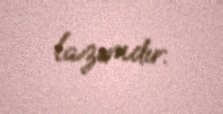
lazımdır.